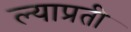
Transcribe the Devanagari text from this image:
ल्याप्रती